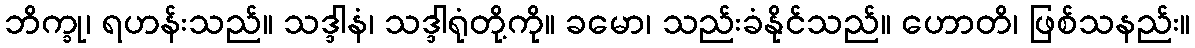
ဘိက္ခု၊ ရဟန်းသည်။ သဒ္ဒါနံ၊ သဒ္ဒါရုံတို့ကို။ ခမော၊ သည်းခံနိုင်သည်။ ဟောတိ၊ ဖြစ်သနည်း။